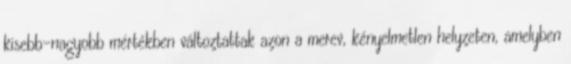
kisebb-nagyobb mértékben változtattak azon a merev, kényelmetlen helyzeten, amelyben